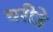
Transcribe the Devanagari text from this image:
चरीत्रे